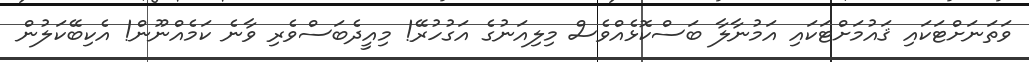
ވަތަނަށްޓަކައި ޤައުމަށްޓަކައި އަމުނާލާ ބަސްކޮޅެއްވެސް މިލިއަނުގެ އަގުހުރޭ! މިއީދެބަސްވެރި ވާނެ ކަމެއްނޫން! އެކިބޭކަލުން